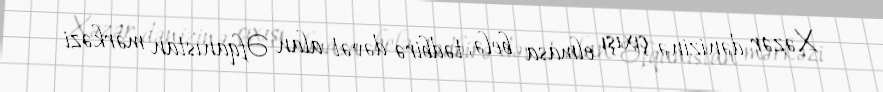
Xəzər dənizinə çıxışı olmasa belə, tədbirə dəvət alan Əfqanıstan mərkəzi